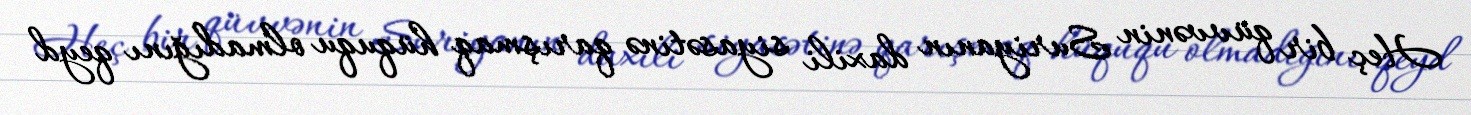
Heç bir qüvvənin Suriyanın daxili siyasətinə qarışmaq hüququ olmadığını qeyd